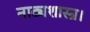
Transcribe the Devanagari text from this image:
नाट्यशास्त्र।